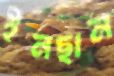
ইনছান